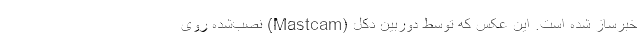
خبرساز شده است. این عکس که توسط دوربین دکل (Mastcam) نصب‌شده روی